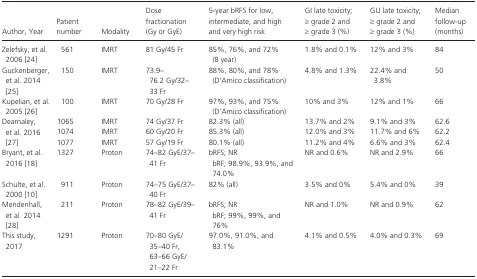
<table><thead><tr><td><b>Author, Year</b></td><td><b>Patient number</b></td><td><b>Modality</b></td><td><b>Dose fractionation (Gy or GyE)</b></td><td><b>5‐year bRFS for low, intermediate, and high and very high risk</b></td><td><b>GI late toxicity; ≥ grade 2 and ≥ grade 3 (%)</b></td><td><b>GU late toxicity; ≥ grade 2 and ≥ grade 3 (%)</b></td><td><b>Median follow‐up (months)</b></td></tr></thead><tbody><tr><td>Zelefsky, et al. 2006 24</td><td>561</td><td>IMRT</td><td>81 Gy/45 Fr</td><td>85%, 76%, and 72% (8 year)</td><td>1.8% and 0.1%</td><td>12% and 3%</td><td>84</td></tr><tr><td>Guckenberger, et al. 2014 25</td><td>150</td><td>IMRT</td><td>73.9–76.2 Gy/32–33 Fr</td><td>88%, 80%, and 78% (D&#x27;Amico classification)</td><td>4.8% and 1.3%</td><td>22.4% and 3.8%</td><td>50</td></tr><tr><td>Kupelian, et al. 2005 26</td><td>100</td><td>IMRT</td><td>70 Gy/28 Fr</td><td>97%, 93%, and 75% (D&#x27;Amico classification)</td><td>10% and 3%</td><td>12% and 1%</td><td>66</td></tr><tr><td rowspan="3">Dearnaley, et al. 2016 27</td><td>1065</td><td>IMRT</td><td>74 Gy/37 Fr</td><td>82.3% (all)</td><td>13.7% and 2%</td><td>9.1% and 3%</td><td>62.6</td></tr><tr><td>1074</td><td>IMRT</td><td>60 Gy/20 Fr</td><td>85.3% (all)</td><td>12.0% and 3%</td><td>11.7% and 6%</td><td>62.2</td></tr><tr><td>1077</td><td>IMRT</td><td>57 Gy/19 Fr</td><td>80.1% (all)</td><td>11.2% and 4%</td><td>6.6% and 3%</td><td>62.4</td></tr><tr><td>Bryant, et al. 2016 18</td><td>1327</td><td>Proton</td><td>74–82 GyE/37–41 Fr</td><td>bRFS; NRbRF; 98.9%, 93.9%, and 74.0%</td><td>NR and 0.6%</td><td>NR and 2.9%</td><td>66</td></tr><tr><td>Schulte, et al. 2000 10</td><td>911</td><td>Proton</td><td>74–75 GyE/37–40 Fr</td><td>82% (all)</td><td>3.5% and 0%</td><td>5.4% and 0%</td><td>39</td></tr><tr><td>Mendenhall, et al. 2014 28</td><td>211</td><td>Proton</td><td>78–82 GyE/39–41 Fr</td><td>bRFS; NRbRF; 99%, 99%, and 76%</td><td>NR and 1.0%</td><td>NR and 0.9%</td><td>62</td></tr><tr><td>This study, 2017</td><td>1291</td><td>Proton</td><td>70–80 GyE/ 35–40 Fr,63–66 GyE/ 21–22 Fr</td><td>97.0%, 91.0%, and 83.1%</td><td>4.1% and 0.5%</td><td>4.0% and 0.3%</td><td>69</td></tr></tbody></table>